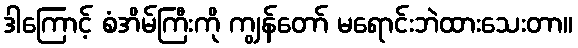
ဒါကြောင့် စံအိမ်ကြီးကို ကျွန်တော် မရောင်းဘဲထားသေးတာ။